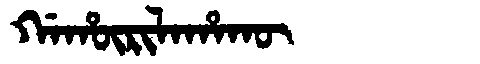
Manchu: ᡤᠠᡥᡡᡵᡳᠯᠠᡥᠠᡴᡡ
Romanization: GAHŪRILAHAKŪ